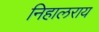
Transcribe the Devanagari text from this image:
निहालराय